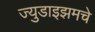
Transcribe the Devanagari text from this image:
ज्युडाइझमचे